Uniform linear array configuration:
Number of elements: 8
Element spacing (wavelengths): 0.75
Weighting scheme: hamming
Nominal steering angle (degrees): -15
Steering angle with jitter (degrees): -15.013
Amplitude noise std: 0.05
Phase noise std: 0.05

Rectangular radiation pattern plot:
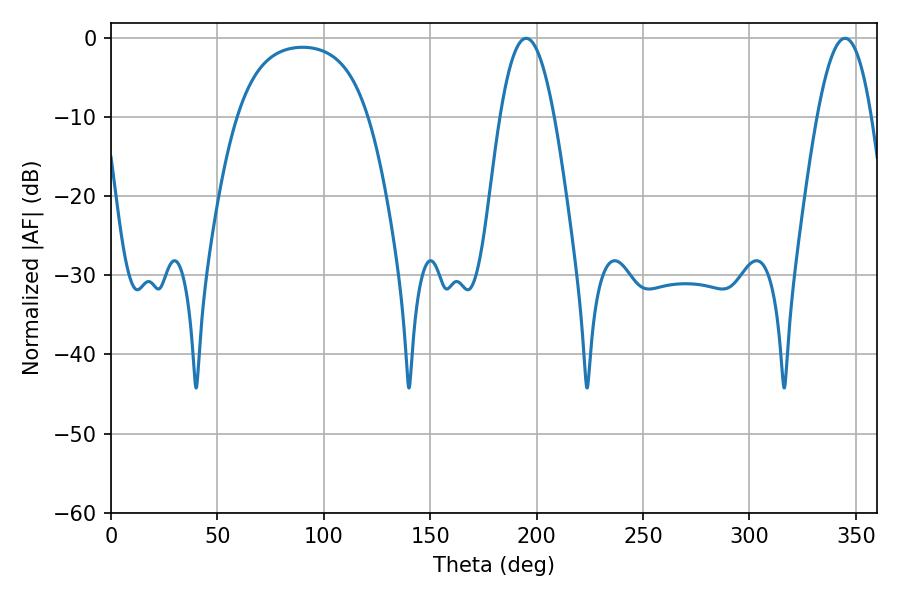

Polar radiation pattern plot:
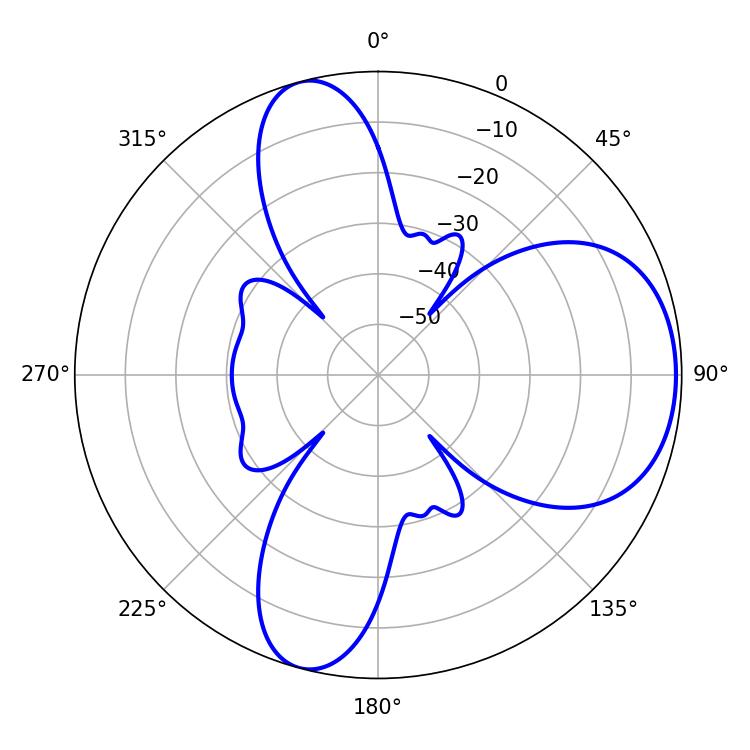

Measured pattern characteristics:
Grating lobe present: TRUE
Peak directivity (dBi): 6.946
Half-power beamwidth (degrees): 13.86
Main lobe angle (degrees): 195.12